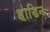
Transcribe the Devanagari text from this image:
हाडिन